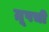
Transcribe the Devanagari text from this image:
ग्रूपची